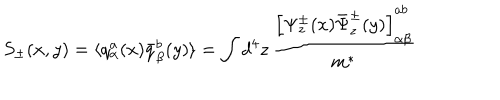
LaTeX: S _ { \pm } ( x , y ) = \langle q _ { \alpha } ^ { a } ( x ) { \bar { q } } _ { \beta } ^ { b } ( y ) \rangle = \int d ^ { 4 } z \, \frac { \left[ \Psi _ { z } ^ { \pm } ( x ) { \bar { \Psi } } _ { z } ^ { \pm } ( y ) \right] _ { \alpha \beta } ^ { a b } } { m ^ { * } }